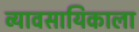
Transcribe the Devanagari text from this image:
व्यावसायिकाला